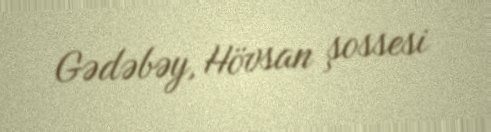
Gədəbəy, Hövsan şossesi